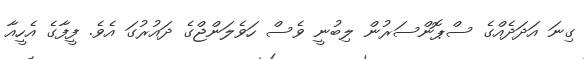
ގިނަ އަދަދެއްގެ ސްޕޮންސަރުން ލިބުނީ ވެސް ހަވެލަންޖްގެ ދައުރުގަ އެވެ. ފީފާގެ އެހީއާ